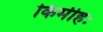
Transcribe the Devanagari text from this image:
किमीहः